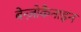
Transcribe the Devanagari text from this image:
बेन्ज़ोकैनाइन